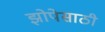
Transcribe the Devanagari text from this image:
झोपेसाठी